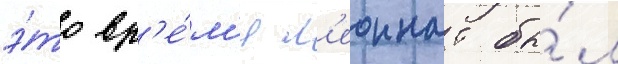
э́то вр'е́м'я л'еоннат бы́л